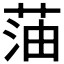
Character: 𫈜